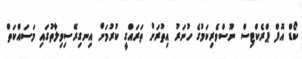
ކޯޑް އޮފް ޕްރެކްޓިސް ނޫސްވެރިކަމުގެ ހުނަރު އިތުރަށް ތަރައްގީ ކުރުމަށް އިނގިރޭސިވިލާތުގައި މަސައްކަތް